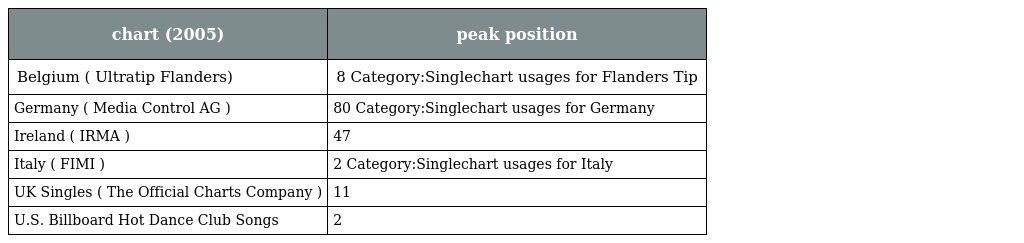
| chart (2005) | peak position |
 | --- | --- |
 | Belgium ( Ultratip Flanders) | 8 Category:Singlechart usages for Flanders Tip |
 | Germany ( Media Control AG ) | 80 Category:Singlechart usages for Germany |
 | Ireland ( IRMA ) | 47 |
 | Italy ( FIMI ) | 2 Category:Singlechart usages for Italy |
 | UK Singles ( The Official Charts Company ) | 11 |
 | U.S. Billboard Hot Dance Club Songs | 2 |